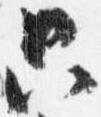
只